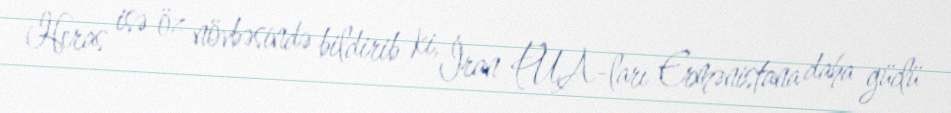
Heras isə öz növbəsində bildirib ki, İran PUA-ları Ermənistana daha güclü